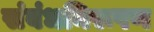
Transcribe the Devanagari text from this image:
संबंधनिरूपण